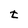
Character: t